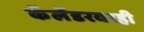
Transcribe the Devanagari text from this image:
कॅलेंडरवरही